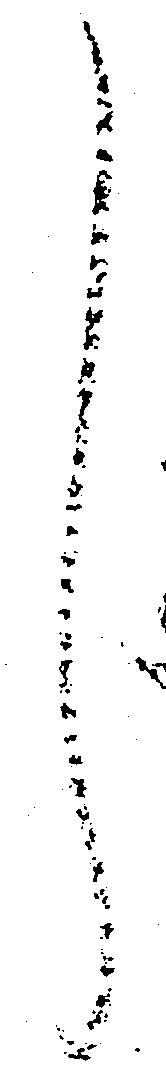
し